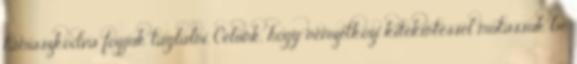
támaszkodva fogjuk taglalni. Célunk, hogy nemzetközi kitekintéssel mutassuk be